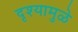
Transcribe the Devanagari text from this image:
दृश्यामुळे